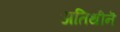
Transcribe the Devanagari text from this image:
अतिथीनॆ